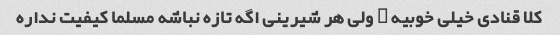
کلا قنادی خیلی خوبیه … ولی هر شیرینی اگه تازه نباشه مسلما کیفیت نداره